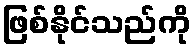
ဖြစ်နိုင်သည်ကို